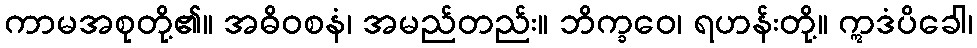
ကာမအစုတို့၏။ အဓိဝစနံ၊ အမည်တည်း။ ဘိက္ခဝေ၊ ရဟန်းတို့။ ဣဒံပိခေါ၊